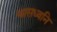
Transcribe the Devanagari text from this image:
श्वासध्वनि